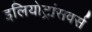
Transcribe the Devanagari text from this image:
इलियोट्रांसवर्स